Lunatic asylums Central Provinces reports 1895-1909 - 1895-1909
Year: 1895
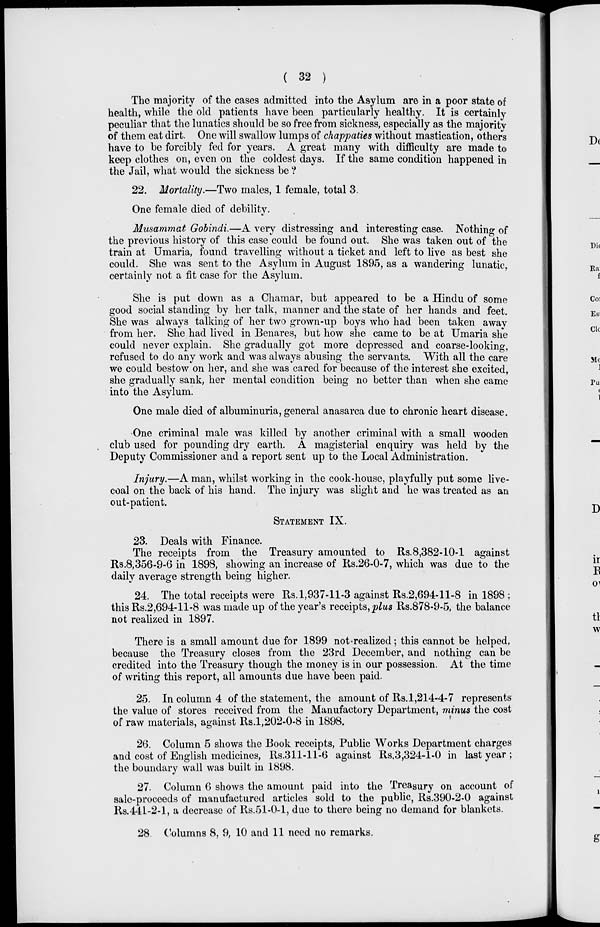
( 32 )
The majority of the cases admitted into the Asylum are in a poor state of
health, while the old patients have been particularly healthy. It is certainly
peculiar that the lunatics should be so free from sickness, especially as the majority
of them eat dirt. One will swallow lumps of chappaties without mastication, others
have to be forcibly fed for years. A great many with difficulty are made to
keep clothes on, even on the coldest days. If the same condition happened in
the Jail, what would the sickness be ?
22. Mortality.—Two males, 1 female, total 3.
One female died of debility.
Musammat Gobindi.—A very distressing and interesting case. Nothing of
the previous history of this case could be found out. She was taken out of the
train at Umaria, found travelling without a ticket and left to live as best she
could. She was sent to the Asylum in August 1895, as a wandering lunatic,
certainly not a fit case for the Asylum.
She is put down as a Chamar, but appeared to be a Hindu of some
good social standing by her talk, manner and the state of her hands and feet.
She was always talking of her two grown-up boys who had been taken away
from her. She had lived in Benares, but how she came to be at Umaria she
could never explain. She gradually got more depressed and coarse-looking,
refused to do any work and was always abusing the servants. With all the care
we could bestow on her, and she was cared for because of the interest she excited,
she gradually sank, her mental condition being no better than when she came
into the Asylum.
One male died of albuminuria, general anasarca due to chronic heart disease.
One criminal male was killed by another criminal with a small wooden
club used for pounding dry earth. A magisterial enquiry was held by the
Deputy Commissioner and a report sent up to the Local Administration.
Injury.—A man, whilst working in the cook-house, playfully put some live-
coal on the back of his hand. The injury was slight and he was treated as an
out-patient.
STATEMENT IX.
23. Deals with Finance.
The receipts from the Treasury amounted to Rs.8,382-10-1 against
Rs.8,356-9-6 in 1898, showing an increase of Rs.26-0-7, which was due to the
daily average strength being higher.
24. The total receipts were Rs. 1,937-11-3 against Rs.2,694-11-8 in 1898 ;
this Rs.2,694-11-8 was made up of the year's receipts, plus Rs.878-9-5, the balance
not realized in 1897.
There is a small amount due for 1899 not realized ; this cannot be helped,
because the Treasury closes from the 23rd December, and nothing can be
credited into the Treasury though the money is in our possession. At the time
of writing this report, all amounts due have been paid.
25. In column 4 of the statement, the amount of Rs. 1,214-4-7 represents
the value of stores received from the Manufactory Department, minus the cost
of raw materials, against Rs.1,202-0-8 in 1898.
26. Column 5 shows the Book receipts, Public Works Department charges
and cost of English medicines, Rs.311-11-6 against Rs.3,324-l-0 in last year ;
the boundary wall was built in 1898.
27. Column 6 shows the amount paid into the Treasury on account of
sale-proceeds of manufactured articles sold to the public, Rs.390-2-0 against
Rs.441-2-1, a decrease of Rs.51-0-1, due to there being no demand for blankets.
28 Columns 8, 9, 10 and 11 need no remarks.